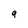
Character: 9